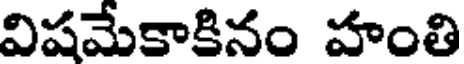
విషమేకాకినం హంతి